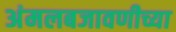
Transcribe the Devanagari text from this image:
अंमलबजावणीच्या